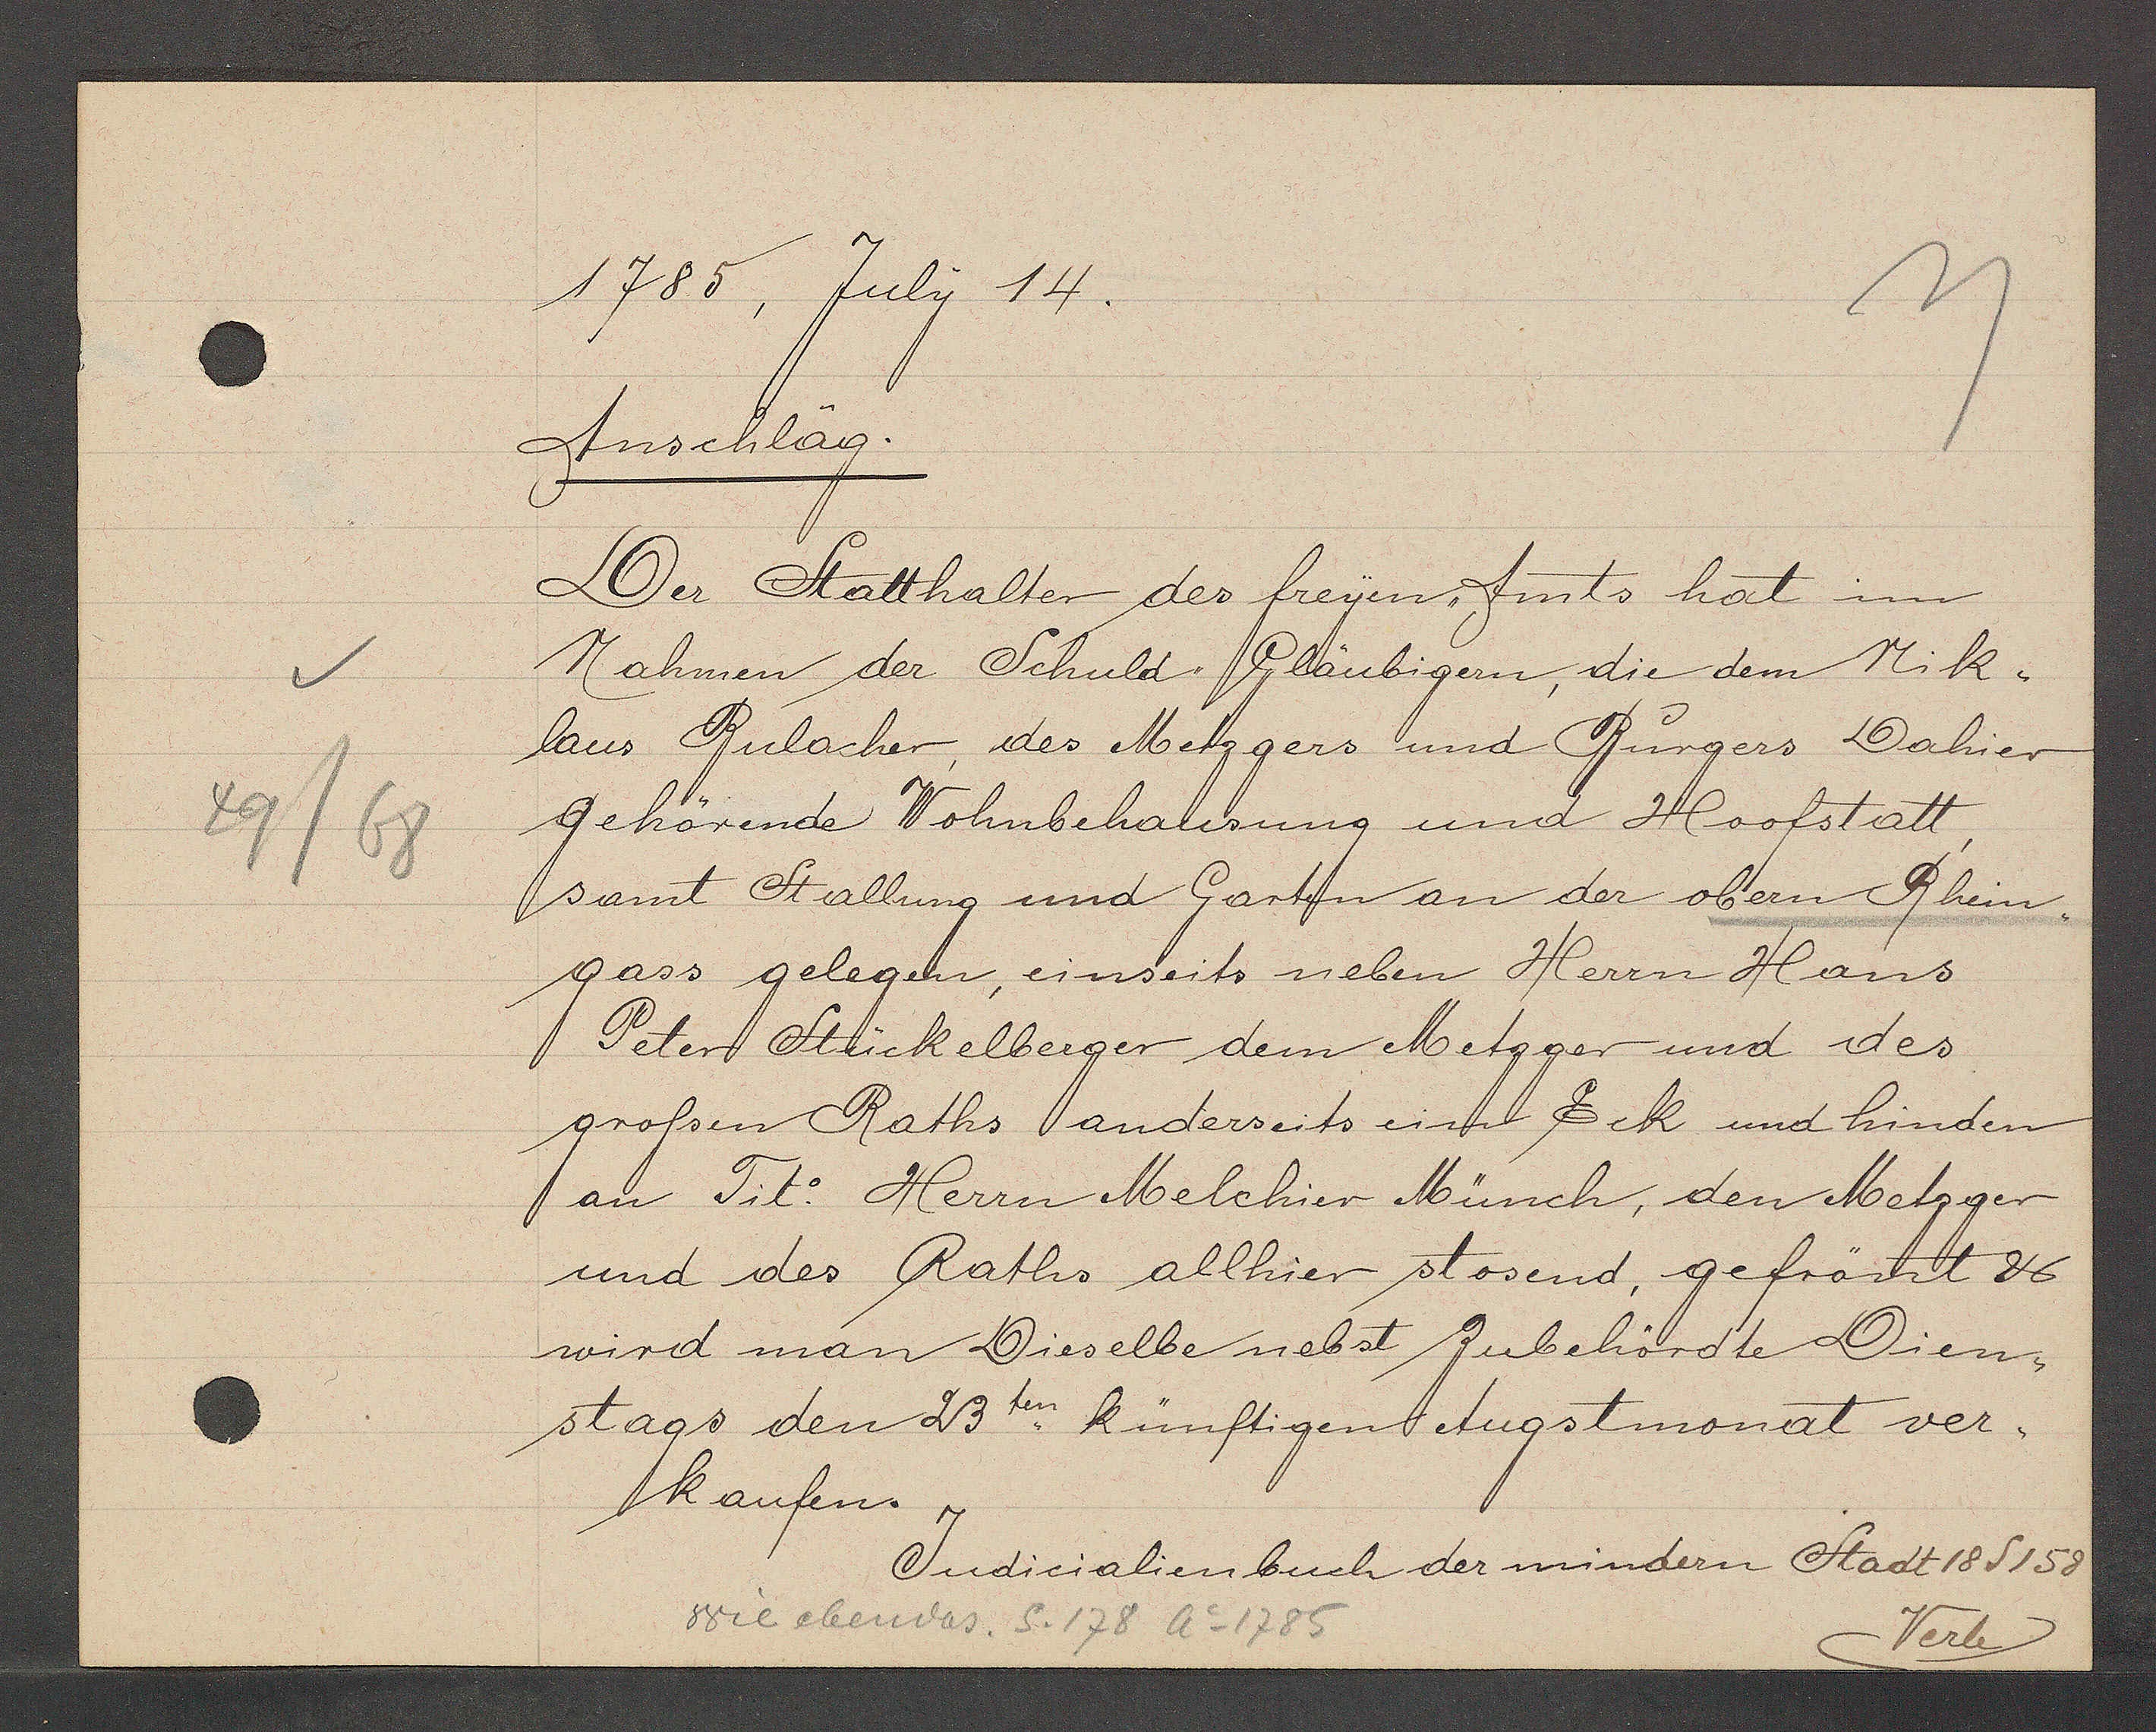
Transcript:
49/68

1785, July 14.

Anschlag.
Der Statthalter des freyen Amts hat im
Nahmen der Schuld Gläubigern, die dem Nik¬
laus Bulacher, des Metzgers und Bürgers Dahier
Gehörende Wohnbehausung und Hoofstatt,
samt Stallung und Garten an der obern Rhein¬
gass gelegen, einseits neben Herrn Hans
Peters Stückelberger dem Metzger und des
grossen Raths anderseits ein Eck und hinden
an Tit. Herrn Melchier Müch, den Metzger
und des Raths allhier stosend, gefrönt ư
wird man Dieselbe nebst Zubehördte Dien¬
stags den 23ten. künftigen Augstmonat ver¬
kaufen.

Judicialienbuch der mindern Stadt 18 S 158
Verte

Wie ebendas. S. 178 Ao 1785